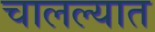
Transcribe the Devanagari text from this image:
चालल्यात